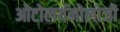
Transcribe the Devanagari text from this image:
ओटोलर्यनोलोजी